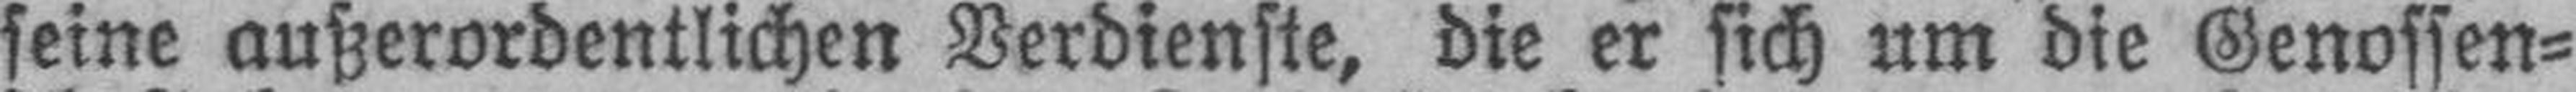
seine außerordentlichen Verdienste, die er sich um die Genossen¬